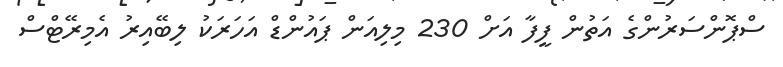
ސްޕޮންސަރުންގެ އަތުން ފީފާ އަށް 230 މިލިއަން ޕައުންޑް އަހަރަކު ލިބޭއިރު އެމިރޭޓްސް